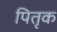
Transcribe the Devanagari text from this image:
पितृक